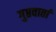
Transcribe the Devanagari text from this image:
गुप्तवार्ता